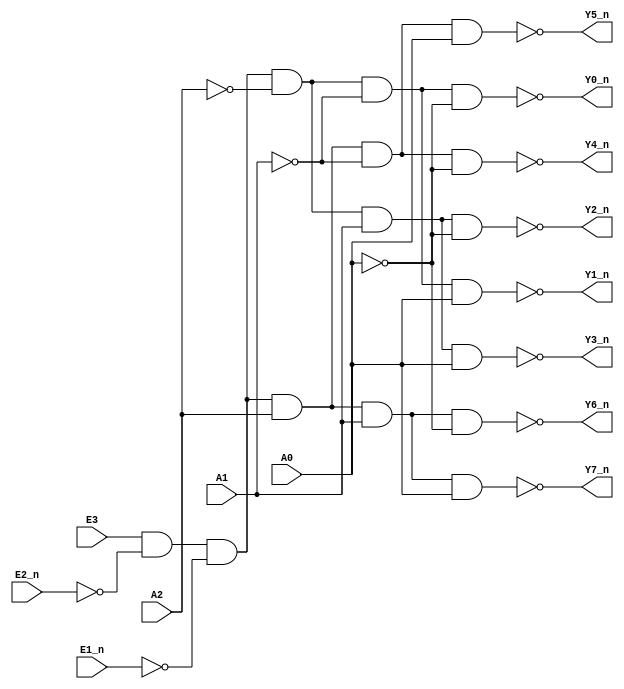
`timescale 1ns / 1ps

//3-8 

module mult_low(
    input             E1_n   ,
    input             E2_n   ,
    input             E3     ,
    input             A0     ,
    input             A1     ,
    input             A2     ,
    
    output wire       Y0_n   ,  
    output wire       Y1_n   , 
    output wire       Y2_n   , 
    output wire       Y3_n   , 
    output wire       Y4_n   , 
    output wire       Y5_n   , 
    output wire       Y6_n   , 
    output wire       Y7_n   
);
wire E ;

assign E = E3 & ~E2_n & ~E1_n;

assign  Y0_n = ~(E & ~A2 & ~A1 & ~A0);
assign  Y1_n = ~(E & ~A2 & ~A1 &  A0);
assign  Y2_n = ~(E & ~A2 &  A1 & ~A0);
assign  Y3_n = ~(E & ~A2 &  A1 &  A0);
assign  Y4_n = ~(E &  A2 & ~A1 & ~A0);
assign  Y5_n = ~(E &  A2 & ~A1 &  A0);
assign  Y6_n = ~(E &  A2 &  A1 & ~A0);
assign  Y7_n = ~(E &  A2 &  A1 &  A0);
endmodule

module decoder0(
    input             A     ,
    input             B     ,
    input             C     ,

    output wire       L
);
    wire       Y0_n  ; 
    wire       Y1_n   ;
    wire       Y2_n   ;
    wire       Y3_n   ;
    wire       Y4_n   ;
    wire       Y5_n   ;
    wire       Y6_n   ; 
    wire       Y7_n   ;
    mult_low aaa(
        .E1_n (1'b0),
        .E2_n (1'b0),
        .E3 (1'b1),
        .A0 (A),
        .A1 (B),
        .A2 (C),

        .Y0_n (Y0_n),
        .Y1_n (Y1_n),
        .Y2_n (Y2_n),
        .Y3_n (Y3_n),
        .Y4_n (Y4_n), 
        .Y5_n (Y5_n),
        .Y6_n (Y6_n),
        .Y7_n (Y7_n) 
    );
    assign  L= ~( Y3_n & Y4_n & Y7_n & Y6_n );
endmodule